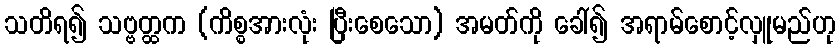
သတိရ၍ သဗ္ဗတ္ထက (ကိစ္စအားလုံး ပြီးစေသော) အမတ်ကို ခေါ်၍ အရာမ်စောင့်လှူမည်ဟု